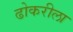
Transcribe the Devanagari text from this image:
ढोकरीला